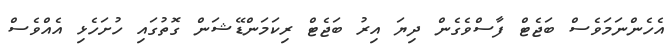
އެހެންނަމަވެސް ބަޖެޓް ފާސްވެގެން ދިޔަ އިރު ބަޖެޓް ރިކަމަންޑޭޝަން ގޮތުގައި ހުށަހެޅި އެއްވެސް